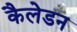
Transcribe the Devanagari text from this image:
कैलेडन